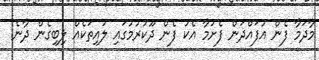
މާދަމާ ފެން އުފައްދަން ފެށުމާ އެކު ފެން ދޫކުރުމުގައި ލުއިތަކެއް ލިބިގެން ދާނެ.